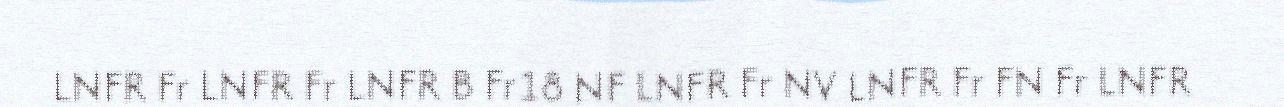
LNFR Fr LNFR Fr LNFR B Fr18 NF LNFR Fr NV LNFR Fr FN Fr LNFR